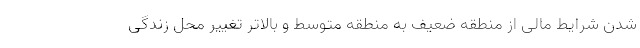
شدن شرایط مالی از منطقه ضعیف به منطقه متوسط و بالاتر تغییر محل زندگی